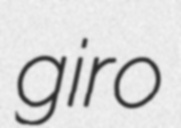
giro